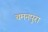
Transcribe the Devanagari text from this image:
चमनपुरा